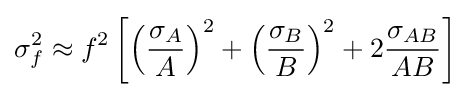
\sigma _{f}^{2}\approx f^{2}\left[\left({\frac {\sigma _{A}}{A}}\right)^{2}+\left({\frac {\sigma _{B}}{B}}\right)^{2}+2{\frac {\sigma _{AB}}{AB}}\right]